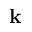
\mathbf { k }